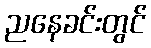
ညနေခင်းတွင်